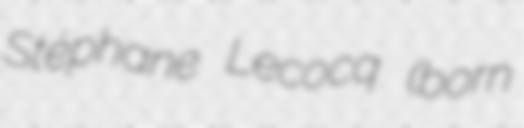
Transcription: Stéphane Lecocq (born